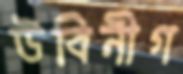
উবিনীগ